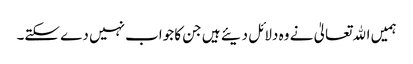
ہمیں اﷲتعالیٰ نے وہ دلائل دیئے ہیں جن کا جواب نہیں دے سکتے۔